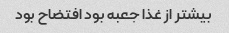
بیشتر از غذا جعبه بود افتضاح بود